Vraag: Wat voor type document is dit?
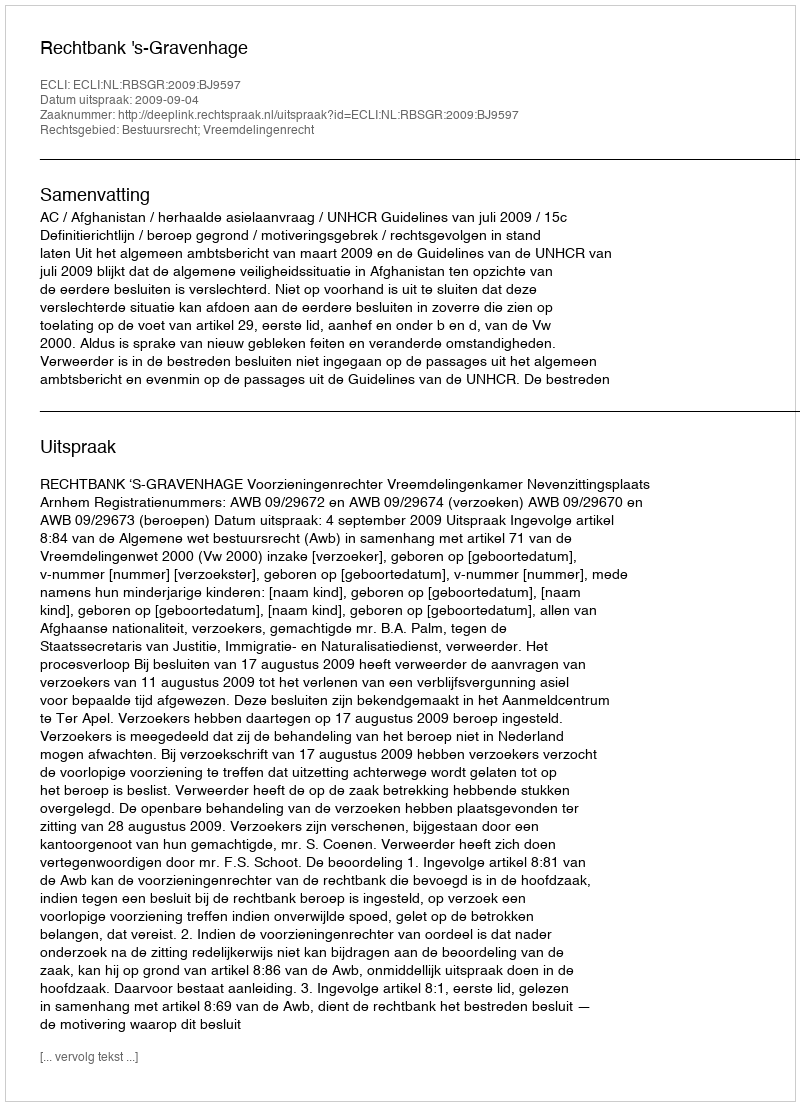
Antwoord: Uitspraak